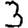
Digit: 3